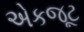
એકજૂટ